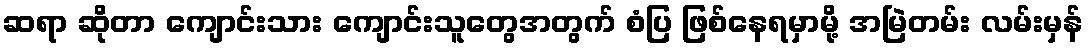
ဆရာ ဆိုတာ ကျောင်းသား ကျောင်းသူတွေအတွက် စံပြ ဖြစ်နေရမှာမို့ အမြဲတမ်း လမ်းမှန်